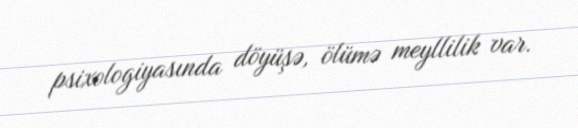
psixologiyasında döyüşə, ölümə meyllilik var.